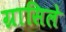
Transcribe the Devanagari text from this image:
ग्रासिले